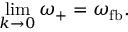
\operatorname* { l i m } _ { k \rightarrow 0 } \omega _ { + } = \omega _ { \mathrm { f b } } .